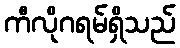
ကီလိုဂရမ်ရှိသည်